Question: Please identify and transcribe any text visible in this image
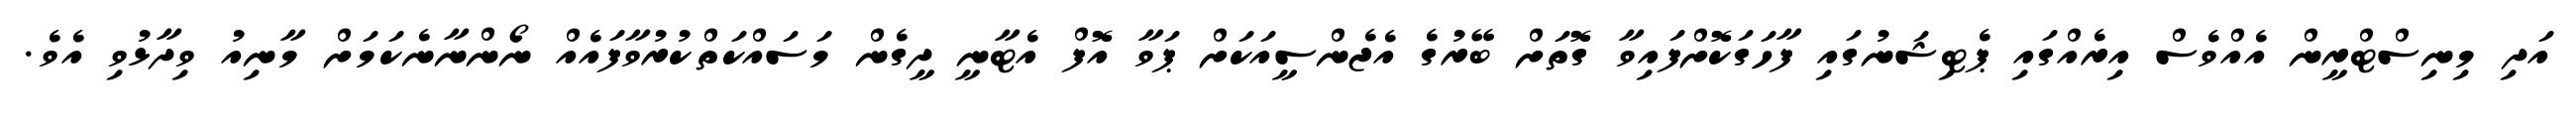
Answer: އަދި މިނިސްޓްރީން އެއްވެސް އިރެއްގައި ޕެޓިޝަނުގައި ފާހަގަކޮށްފައިވާ ގޮތަށް ބޭރުގެ އެޖެންސީއަކަށް ޕަވާ އޮފް އެޓާނީ ދީގެން މަސައްކަތްކުރުވާފައެއް ނޯންނާނެކަމަށް މާނިއު ވިދާޅުވި އެވެ.